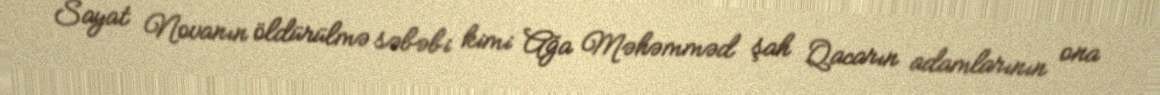
Sayat Novanın öldürülmə səbəbi kimi Ağa Məhəmməd şah Qacarın adamlarının ona